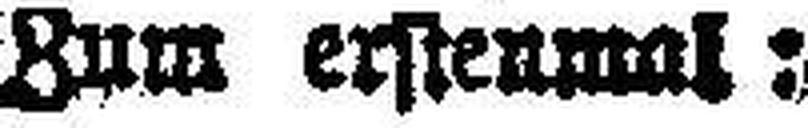
Zum erstenmal: